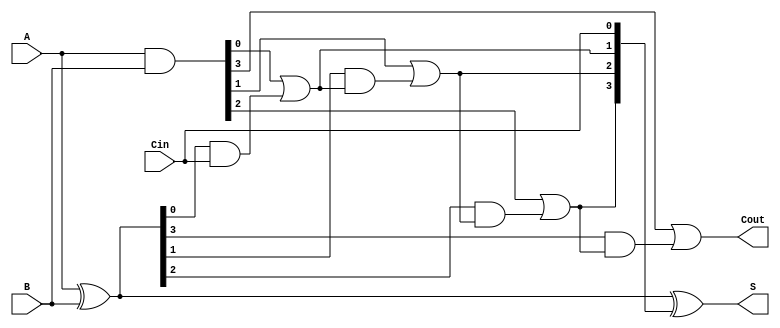
module RCLA #(parameter N = 4) (
    input  wire [N-1:0] A,      // First operand
    input  wire [N-1:0] B,      // Second operand
    input  wire Cin,             // Carry input
    output wire [N-1:0] S,       // Sum output
    output wire Cout             // Carry output
);

    // Generate and Propagate signals
    wire [N-1:0] G; // Generate
    wire [N-1:0] P; // Propagate
    wire [N:0] C;   // Carry signals

    // Generate and Propagate calculations
    assign G = A & B;          // Gi = Ai AND Bi
    assign P = A ^ B;          // Pi = Ai XOR Bi

    // Carry lookahead logic
    assign C[0] = Cin; // C0 = Cin
    assign C[1] = G[0] | (P[0] & C[0]); // C1 = G0 + (P0 AND C0)
    
    genvar i;
    generate
        for (i = 1; i < N; i = i + 1) begin : carry_logic
            assign C[i + 1] = G[i] | (P[i] & C[i]); // Ci+1 = Gi + (Pi AND Ci)
        end
    endgenerate

    // Sum calculation
    assign S = P ^ C[N-1:0]; // Si = Ai XOR Bi XOR Ci

    // Carry output
    assign Cout = C[N]; // Cout = CN

endmodule